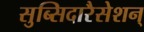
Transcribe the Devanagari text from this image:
सुब्सिदारैसेशन्